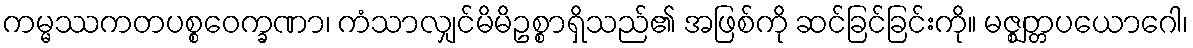
ကမ္မဿကတပစ္စဝေက္ခဏာ၊ ကံသာလျှင်မိမိဥစ္စာရှိသည်၏ အဖြစ်ကို ဆင်ခြင်ခြင်းကို။ မဇ္ဈတ္တပယောဂေါ၊